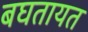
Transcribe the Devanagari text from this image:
बघतायत